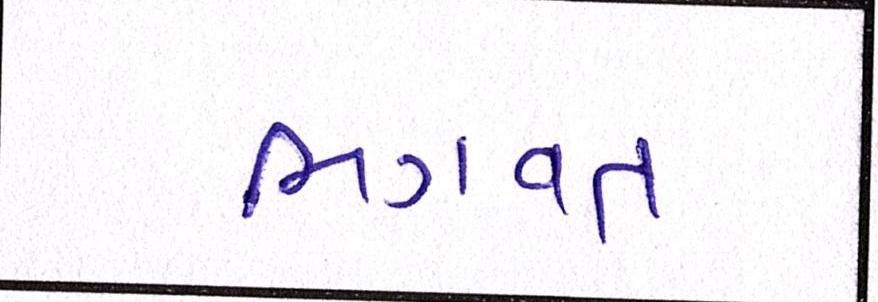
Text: ભગવતં